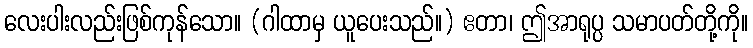
လေးပါးလည်းဖြစ်ကုန်သော။ (ဂါထာမှ ယူပေးသည်။) ဧတာ၊ ဤအာရုပ္ပ သမာပတ်တို့ကို။